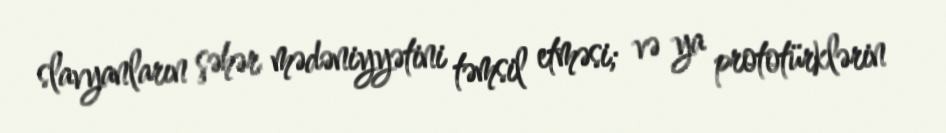
slavyanların şəhər mədəniyyətini təmsil etməsi; və ya prototürklərin